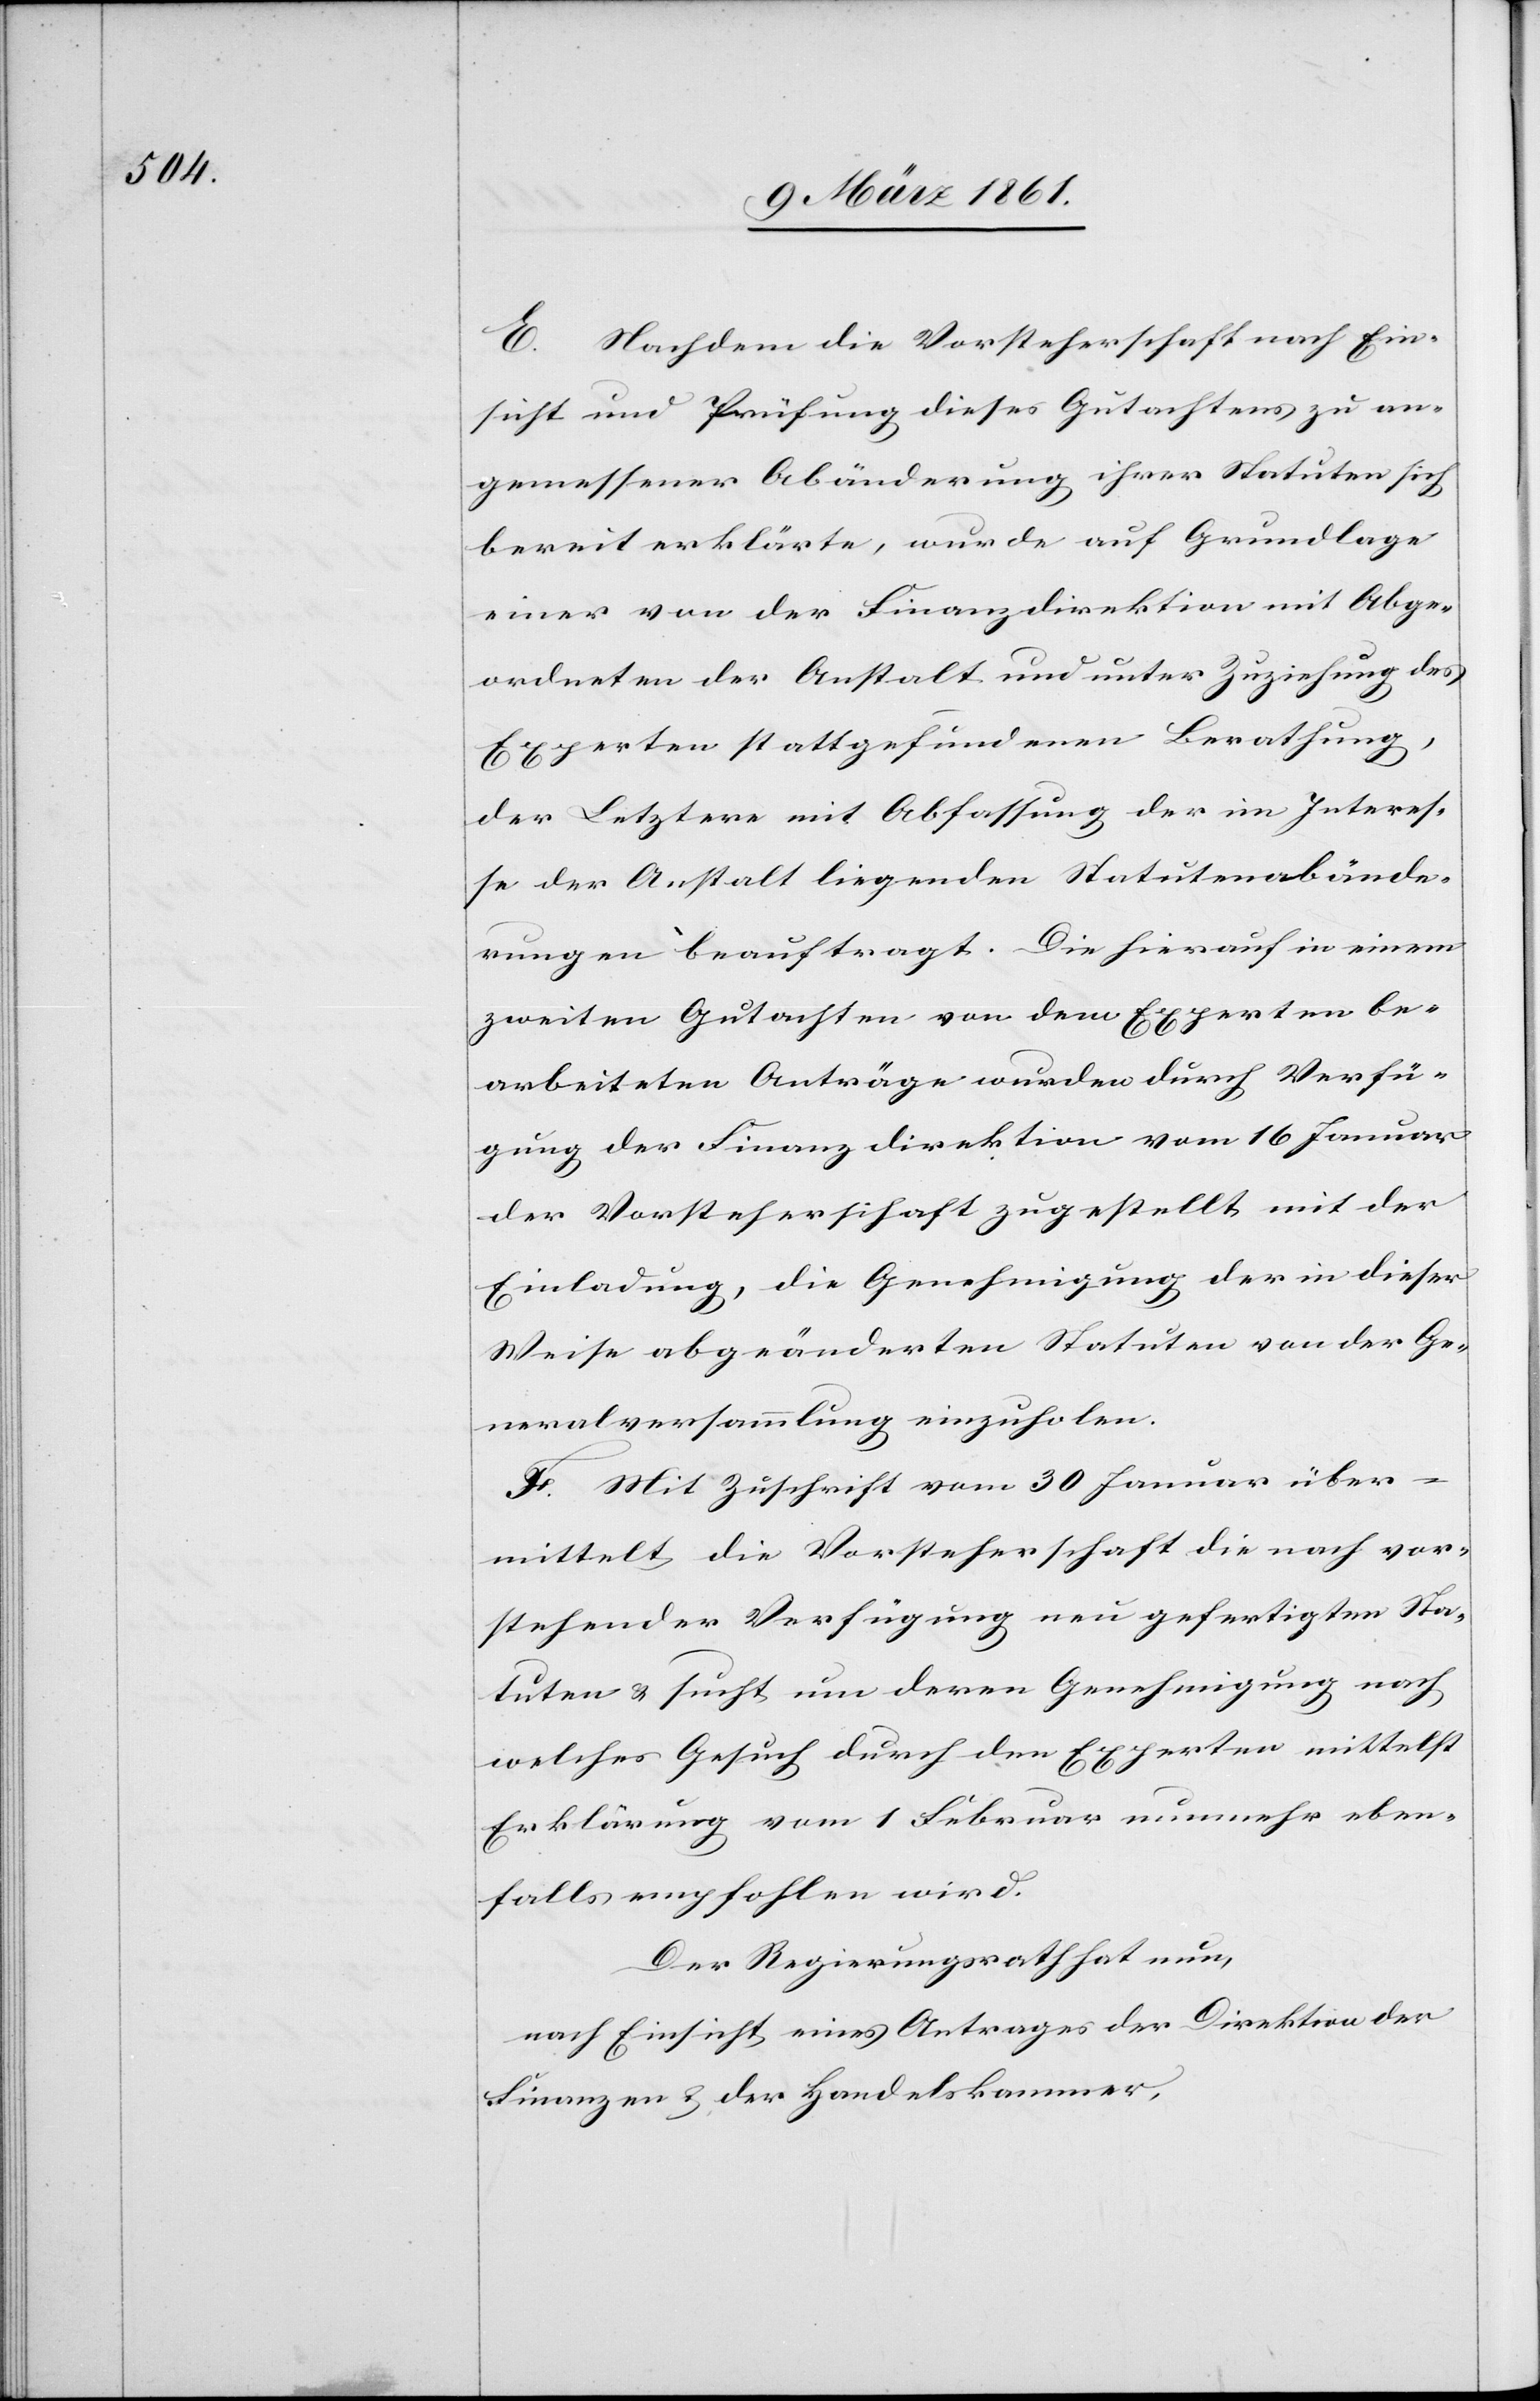
E. Nachdem die Vorsteherschaft nach Ein¬
sicht und Prüfung dieses Gutachtens zu an¬
gemessener Abänderung ihrer Statuten sich
bereit erklärte, wurde auf Grundlage
einer von der Finanzdirektion mit Abge¬
ordneten der Anstalt und unter Zuziehung des
Experten stattgefundenen Berathung,
der Letztere mit Abfassung der im Interes¬
se der Anstalt liegenden Statutenabände¬
rungen beauftragt. Die hierauf in einem
zweiten Gutachten von dem Experten be¬
arbeiteten Anträge wurden durch Verfü¬
gung der Finanzdirektion vom 16. Januar
der Vorsteherschaft zugestellt, mit der
Einladung, die Genehmigung der in dieser
Weise abgeänderten Statuten von der Ge¬
neralversammlung einzuholen.
F. Mit Zuschrift vom 30. Januar über¬
mittelt die Vorsteherschaft die nach vor¬
stehender Verfügung neu gefertigten Sta¬
tuten u. sucht um deren Genehmigung nach
welches Gesuch durch den Experten mittelst
Erklärung vom 1. Februar nunmehr eben¬
falls empfohlen wird.
Der Regierungsrath hat nun,
nach Einsicht eines Antrages der Direktion der
Finanzen u. der Handelskammer,